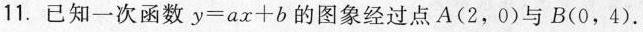
11.已知一次函数$$y = a x + b$$的图象经过点A(2，0)与B(0，4).